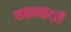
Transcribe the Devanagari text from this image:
साइकाइट्री